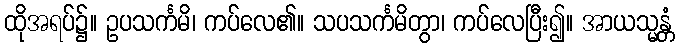
ထိုအရပ်၌။ ဥပသင်္ကမိ၊ ကပ်လေ၏။ သပသင်္ကမိတွာ၊ ကပ်လေပြီး၍။ အာယသ္မန္တံ